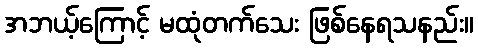
အဘယ့်ကြောင့် မထုံတက်သေး ဖြစ်နေရသနည်း။